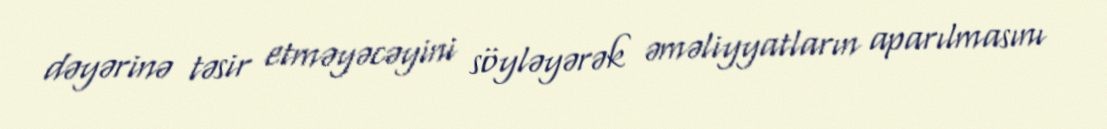
dəyərinə təsir etməyəcəyini söyləyərək əməliyyatların aparılmasını